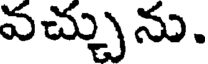
వచ్చును.